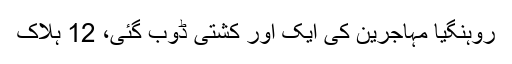
روہنگیا مہاجرین کی ایک اور کشتی ڈوب گئی، 12 ہلاک